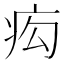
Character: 𤵆